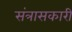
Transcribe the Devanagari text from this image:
संत्रासकारी